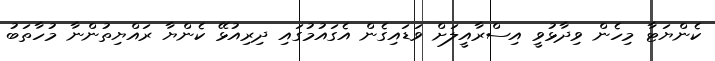
ކެންޔަޓާ މިހެން ވިދާޅުވީ އިސްރާއީލަށް ވަޑައިގެން އެގައުމުގައި ދިރިއުޅޭ ކެންޔާ ރައްޔިތުންނާ މުހާތަބު